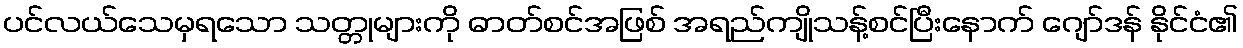
ပင်လယ်သေမှရသော သတ္တုများကို ဓာတ်စင်အဖြစ် အရည်ကျိုသန့်စင်ပြီးနောက် ဂျော်ဒန် နိုင်ငံ၏